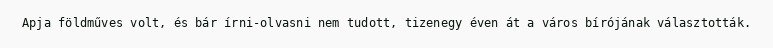
Apja földműves volt, és bár írni-olvasni nem tudott, tizenegy éven át a város bírójának választották.